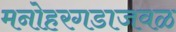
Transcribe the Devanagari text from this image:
मनोहरगडाजवळ